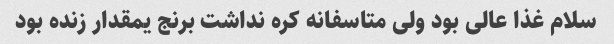
سلام غذا عالی بود ولی متاسفانه کره نداشت برنج یمقدار زنده بود